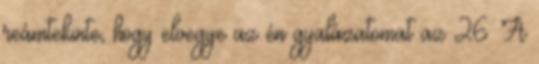
reámtekinte, hogy elvegye az én gyalázatomat az 26. A